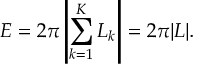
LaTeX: { \cal E } = 2 \pi \left| \sum _ { k = 1 } ^ { K } L _ { k } \right| = 2 \pi | L | .